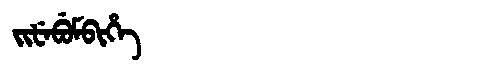
Manchu: ᠵᡳᡶᡝᠪᡠᠮᠪᡳᡥᡝ
Romanization: JIFEBUMBIHE